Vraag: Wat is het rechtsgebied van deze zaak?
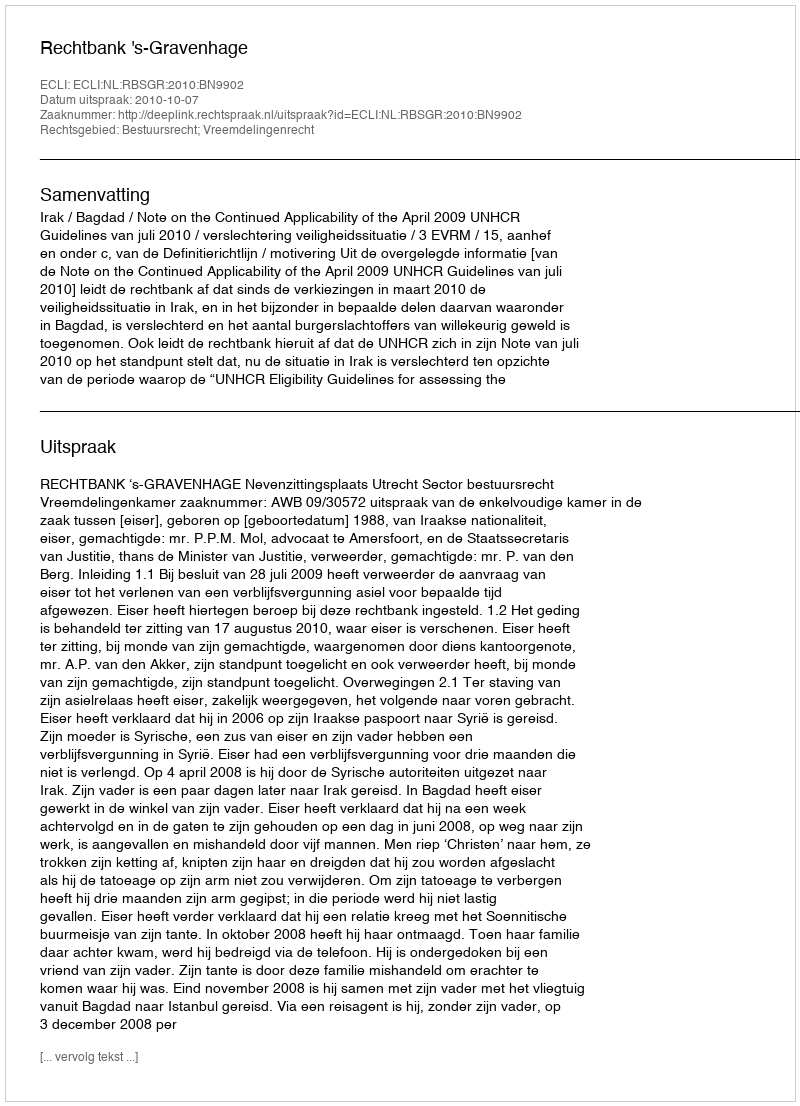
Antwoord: Bestuursrecht; Vreemdelingenrecht